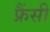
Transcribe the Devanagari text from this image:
फ्रैंसी